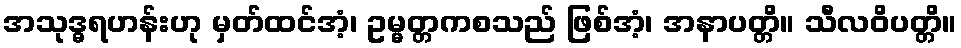
အသုဒ္ဓရဟန်းဟု မှတ်ထင်အံ့၊ ဥမ္မတ္တကစသည် ဖြစ်အံ့၊ အနာပတ္တိ။ သီလဝိပတ္တိ။